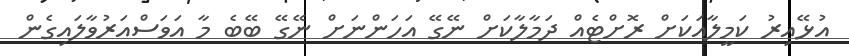
އުޅޭއިރު ކަމީލާއަކަށް ރޮށްޓެއް ދަމާލާކަށް ނޭގޭ އަހަންނަށް ނޭގޭ ބޭބެ މާ އަވަސްއަރުވާލައިގެން